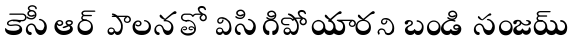
కెసీఆర్ పాలనతో విసిగిపోయారని బండి సంజయ్